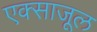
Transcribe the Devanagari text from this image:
एक्साजूल